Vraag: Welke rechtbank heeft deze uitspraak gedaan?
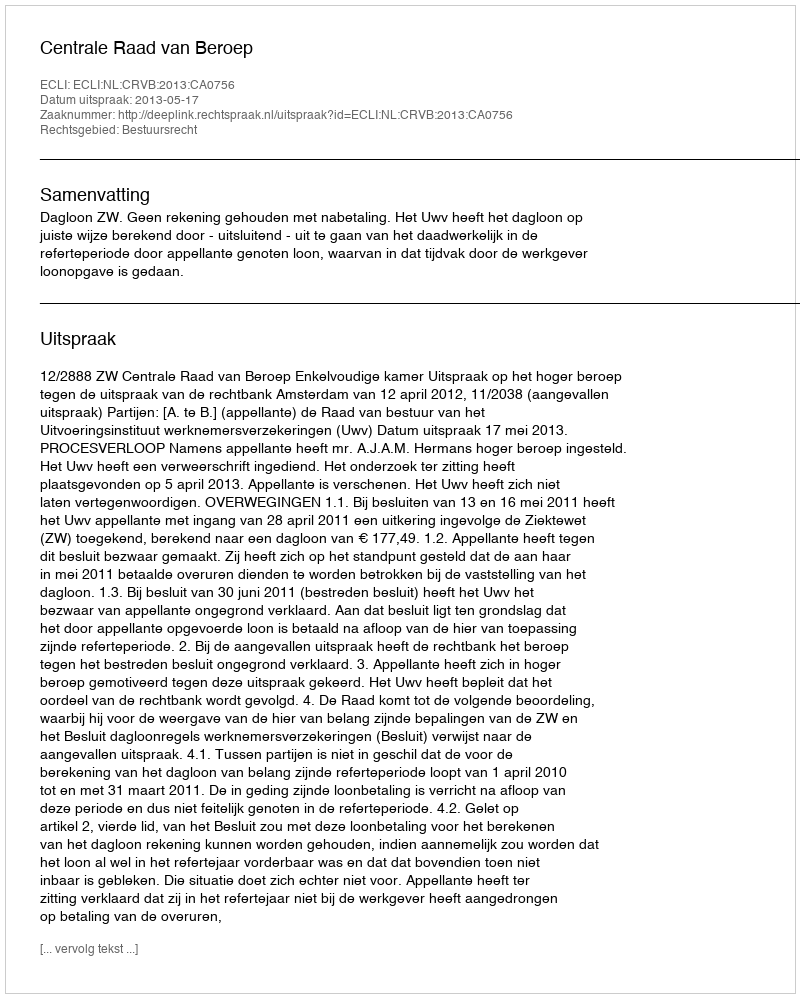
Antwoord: Centrale Raad van Beroep